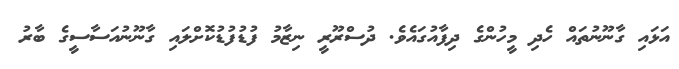
އަޅައި ގާނޫނުތައް ހެދި މީހުންގެ ދިފާއުގައެވެ. ދުސްރޫރީ ނިޒާމު ފުޑުފުޑުކޮށްލައި ގާނޫނުއަސާސީގެ ބާރު